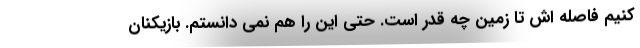
کنیم فاصله اش تا زمین چه قدر است. حتی این را هم نمی دانستم. بازیکنان